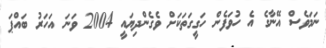
ނަމަވެސް އޭނާގެ އެ ހުވަފެން ހަގީގަތަކަށް ވެގެންދިޔައީ 2004 ވަނަ އަހަރު ބައްޕަ